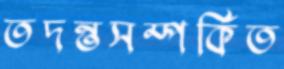
তদন্তসম্পর্কিত